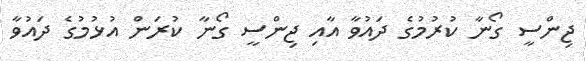
ޖިންސީ ގޯނާ ކުރުމުގެ ދައުވާ އާއި ޖިންސީ ގޯނާ ކުރަން އުޅުމުގެ ދައުވާ